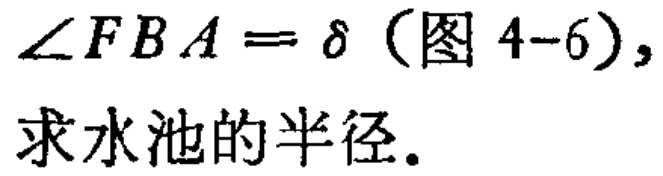
$\angle FBA=\delta（图4 - 6）,$
求水池的半径。